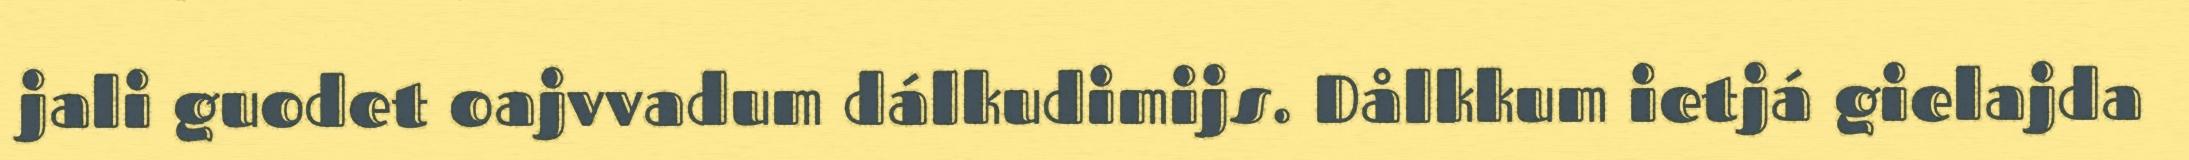
jali guodet oajvvadum dálkudimijs. Dålkkum ietjá gielajda